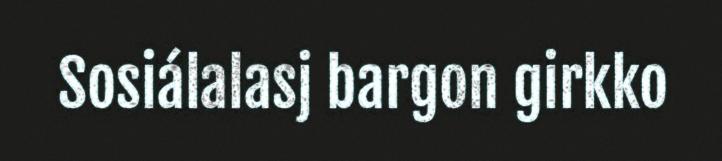
Sosiálalasj bargon girkko